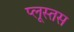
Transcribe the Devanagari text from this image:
प्लूस्तस